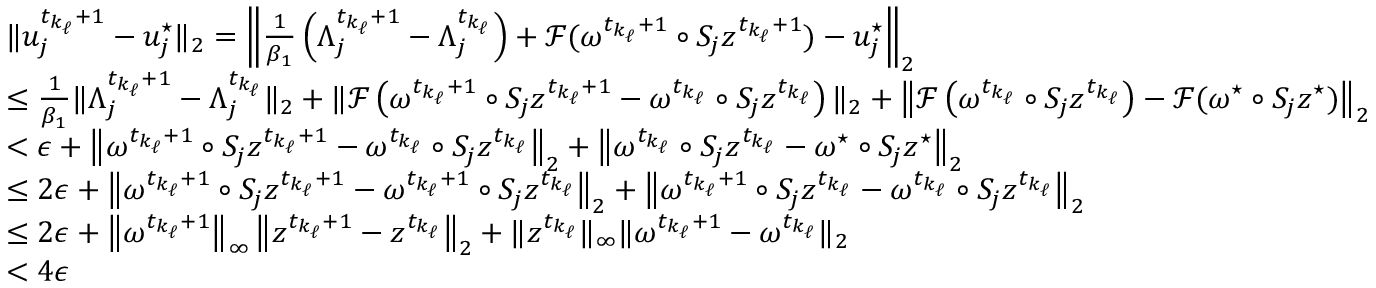
\begin{array} { r l } & { \| u _ { j } ^ { t _ { k _ { \ell } } + 1 } - u _ { j } ^ { \star } \| _ { 2 } = \left\| \frac { 1 } { \beta _ { 1 } } \left( \Lambda _ { j } ^ { t _ { k _ { \ell } } + 1 } - \Lambda _ { j } ^ { t _ { k _ { \ell } } } \right) + \mathcal { F } ( \omega ^ { t _ { k _ { \ell } } + 1 } \circ S _ { j } z ^ { t _ { k _ { \ell } } + 1 } ) - u _ { j } ^ { \star } \right\| _ { 2 } } \\ & { \leq \frac { 1 } { \beta _ { 1 } } \| \Lambda _ { j } ^ { t _ { k _ { \ell } } + 1 } - \Lambda _ { j } ^ { t _ { k _ { \ell } } } \| _ { 2 } + \| \mathcal { F } \left( \omega ^ { t _ { k _ { \ell } } + 1 } \circ S _ { j } z ^ { t _ { k _ { \ell } } + 1 } - \omega ^ { t _ { k _ { \ell } } } \circ S _ { j } z ^ { t _ { k _ { \ell } } } \right) \| _ { 2 } + \left\| \mathcal { F } \left( \omega ^ { t _ { k _ { \ell } } } \circ S _ { j } z ^ { t _ { k _ { \ell } } } \right) - \mathcal { F } ( \omega ^ { \star } \circ S _ { j } z ^ { \star } ) \right\| _ { 2 } } \\ & { < \epsilon + \left\| \omega ^ { t _ { k _ { \ell } } + 1 } \circ S _ { j } z ^ { t _ { k _ { \ell } } + 1 } - \omega ^ { t _ { k _ { \ell } } } \circ S _ { j } z ^ { t _ { k _ { \ell } } } \right\| _ { 2 } + \left\| \omega ^ { t _ { k _ { \ell } } } \circ S _ { j } z ^ { t _ { k _ { \ell } } } - \omega ^ { \star } \circ S _ { j } z ^ { \star } \right\| _ { 2 } } \\ & { \leq 2 \epsilon + \left\| \omega ^ { t _ { k _ { \ell } } + 1 } \circ S _ { j } z ^ { t _ { k _ { \ell } } + 1 } - \omega ^ { t _ { k _ { \ell } } + 1 } \circ S _ { j } z ^ { t _ { k _ { \ell } } } \right\| _ { 2 } + \left\| \omega ^ { t _ { k _ { \ell } } + 1 } \circ S _ { j } z ^ { t _ { k _ { \ell } } } - \omega ^ { t _ { k _ { \ell } } } \circ S _ { j } z ^ { t _ { k _ { \ell } } } \right\| _ { 2 } } \\ & { \leq 2 \epsilon + \left\| \omega ^ { t _ { k _ { \ell } } + 1 } \right\| _ { \infty } \left\| z ^ { t _ { k _ { \ell } } + 1 } - z ^ { t _ { k _ { \ell } } } \right\| _ { 2 } + \| z ^ { t _ { k _ { \ell } } } \| _ { \infty } \| \omega ^ { t _ { k _ { \ell } } + 1 } - \omega ^ { t _ { k _ { \ell } } } \| _ { 2 } } \\ & { < 4 \epsilon } \end{array}